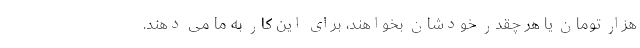
هزار تومان یا هر چقدر خودشان بخواهند، برای این کار به ما می دهند.